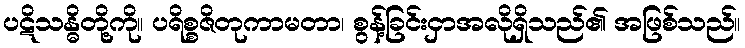
ပဋိသန္ဓိတို့ကို။ ပရိစ္စဇိတုကာမတာ၊ စွန့်ခြင်းငှာအလိုရှိသည်၏ အဖြစ်သည်။